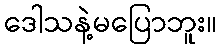
ဒေါသနဲ့မပြောဘူး။